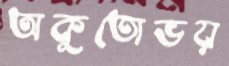
অকুতোভয়